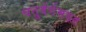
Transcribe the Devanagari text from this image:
चतुर्वर्गसग्रह